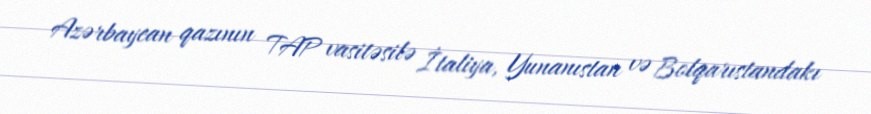
Azərbaycan qazının TAP vasitəsilə İtaliya, Yunanıstan və Bolqarıstandakı